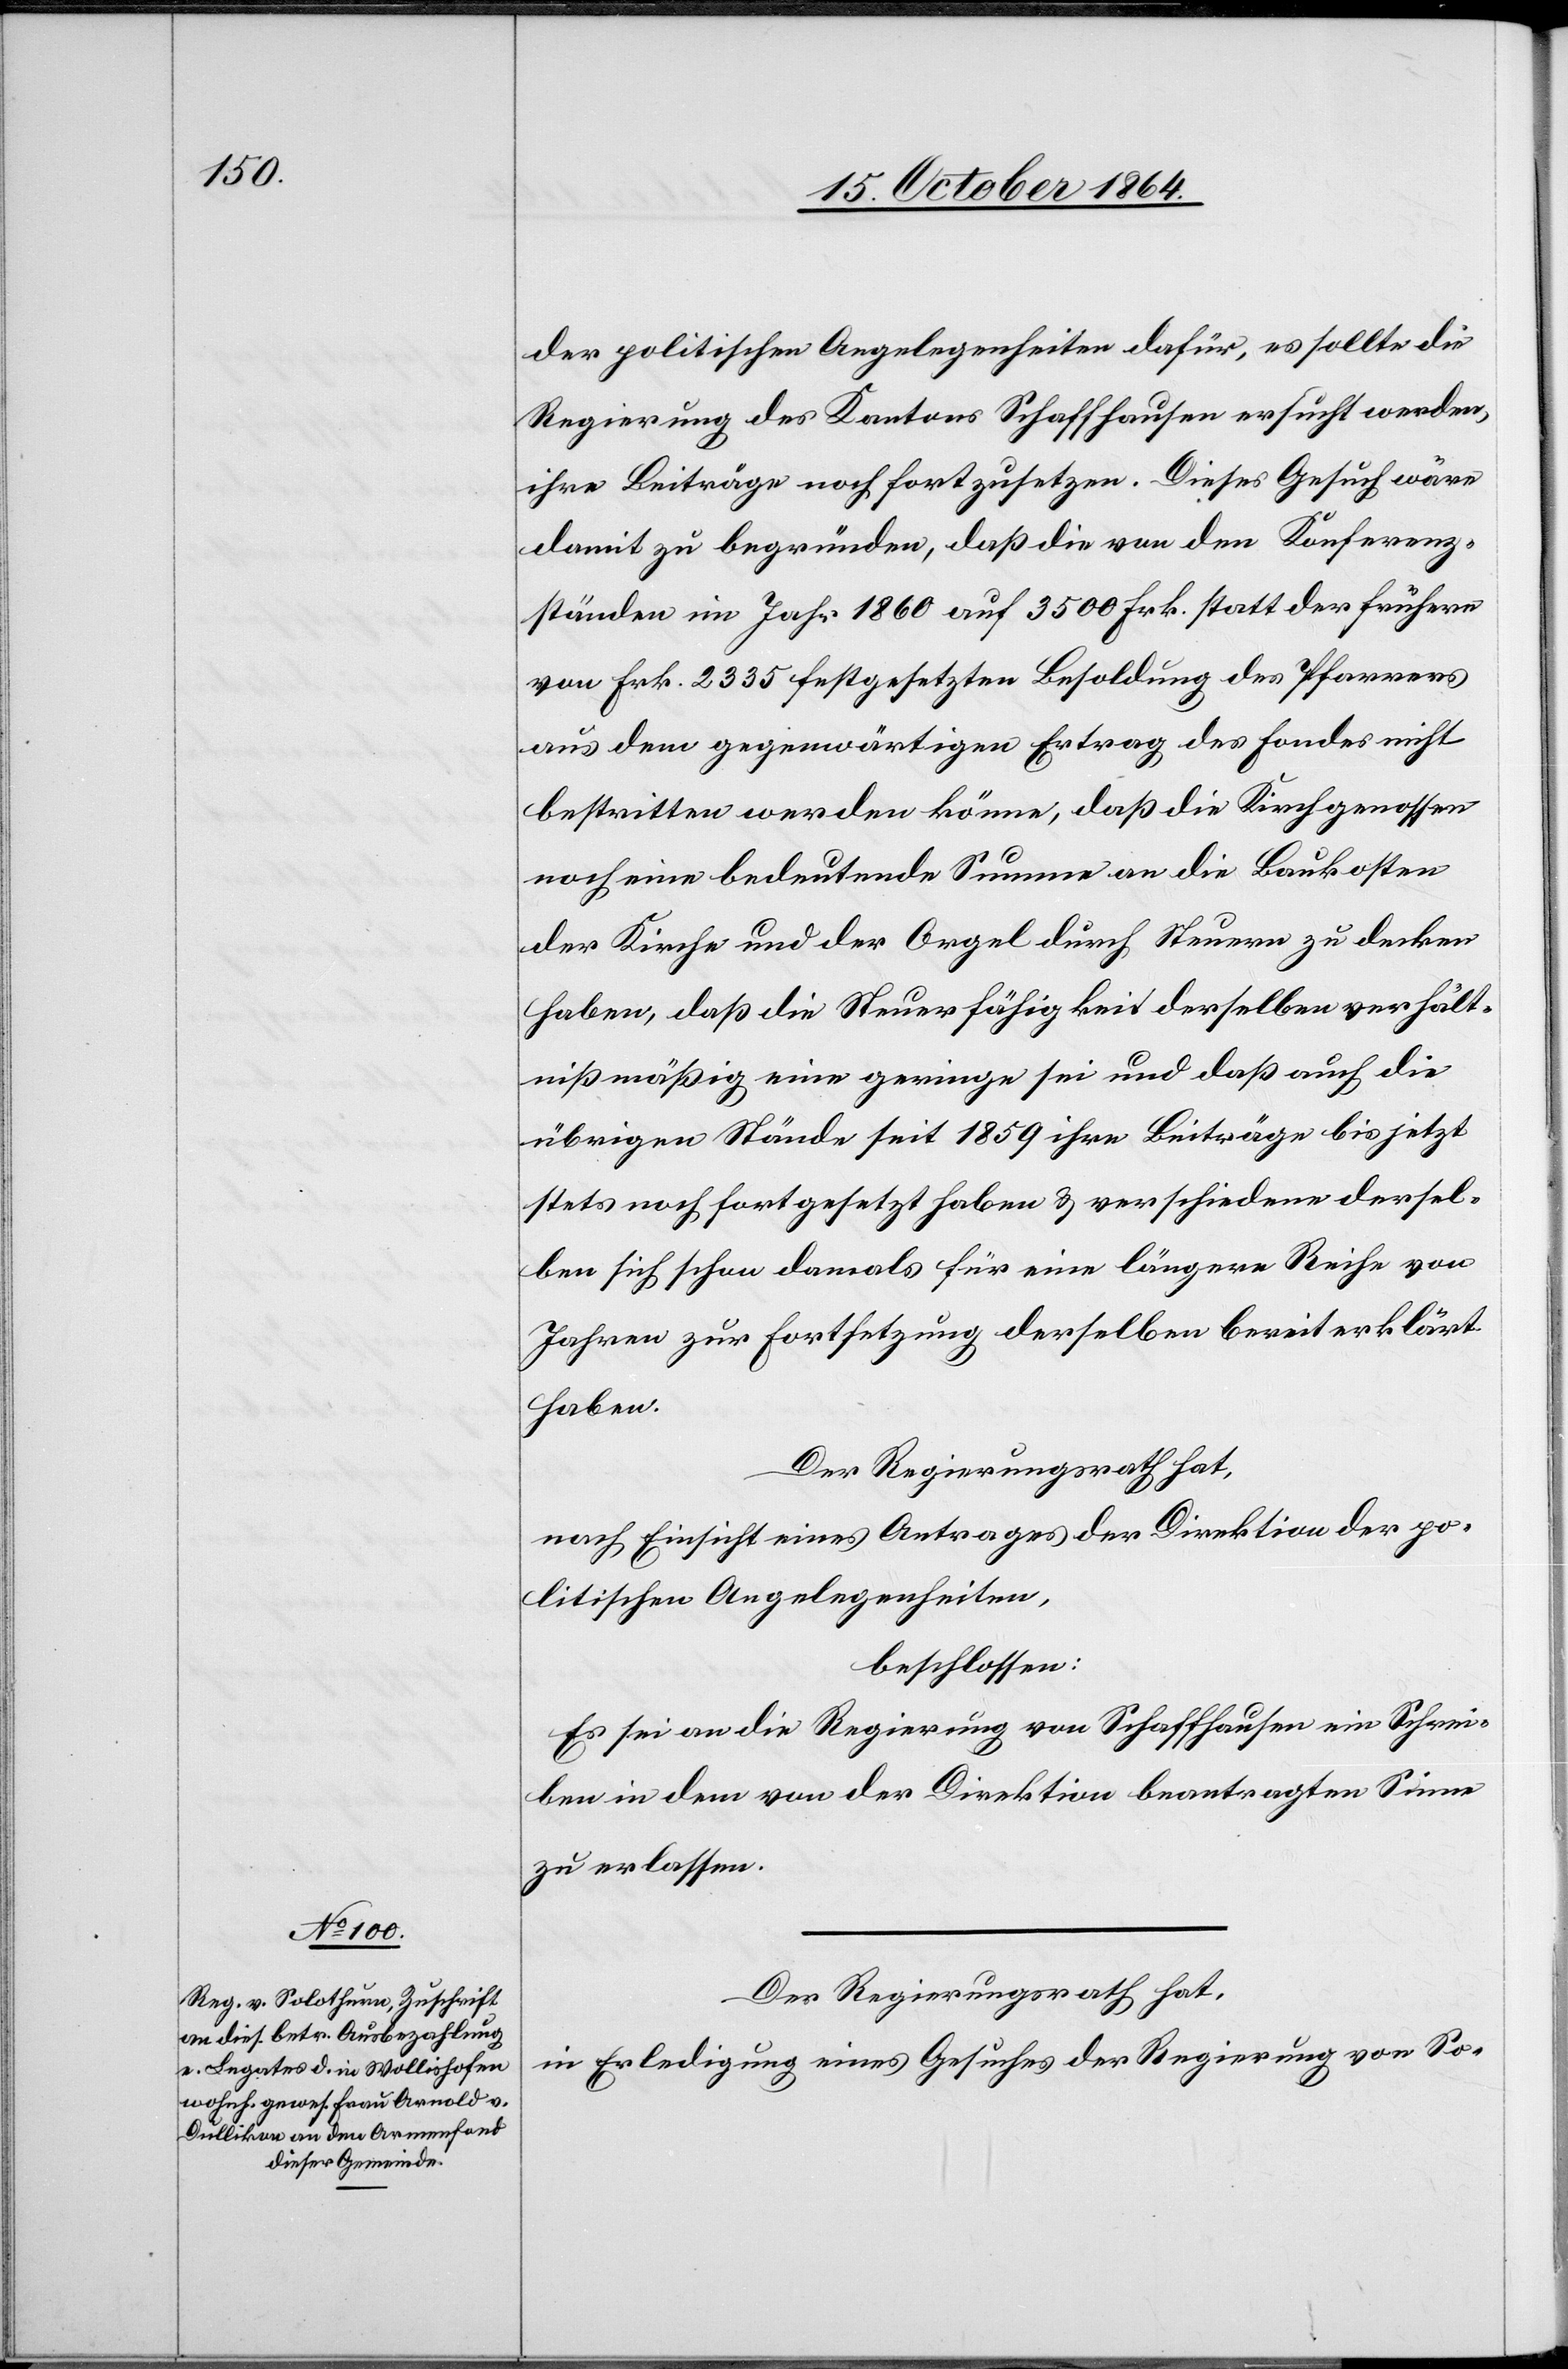
der politischen Angelegenheiten dafür, es sollte die
Regierung des Kantons Schaffhausen ersucht werden,
ihre Beiträge noch fortzusetzen. Dieses Gesuch wäre
damit zu begründen, daß die von den Konferenz¬
ständen im Jahr 1860 auf 3 500 Frk. statt der frühern
von Frk. 2 335 festgesetzten Besoldung des Pfarrers
aus dem gegenwärtigen Ertrag des Fondes nicht
bestritten werden könne, daß die Kirchgenossen
noch eine bedeutende Summe an die Baukosten
der Kirche und der Orgel durch Steuern zu decken
haben, daß die Steuerfähigkeit derselben verhält¬
nißmäßig eine geringe sei und daß auch die
übrigen Stände seit 1859 ihre Beiträge bis jetzt
stets noch fortgesetzt haben & verschiedene dersel¬
ben sich schon damals für eine längere Reihe von
Jahren zur Fortsetzung derselben bereit erklärt
haben.
Der Regierungsrath hat,
nach Einsicht eines Antrages der Direktion der po¬
litischen Angelegenheiten,
beschlossen:
Es sei an die Regierung von Schaffhausen ein Schrei¬
ben in dem von der Direktion beantragten Sinne
zu erlassen.
Der Regierungsrath hat,
in Erledigung eines Gesuches der Regierung von So-